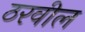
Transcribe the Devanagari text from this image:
ठरवील